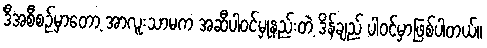
ဒီအစီစဉ်မှာတော့ အာလူးသာမက အဆီပါဝင်မှုနည်းတဲ့ ဒိန်ချည် ပါဝင်မှာဖြစ်ပါတယ်။